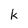
Character: k